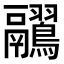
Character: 𪈊